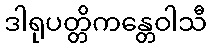
ဒါရုပတ္တိကန္တေဝါသီ